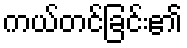
ကယ်တင်ခြင်း၏